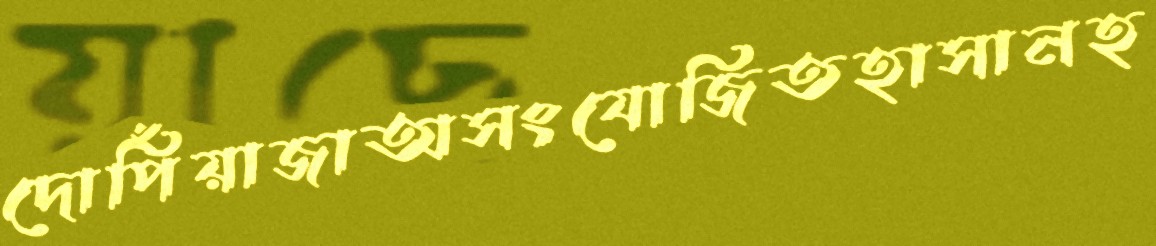
দোপিঁয়াজাঅসংযোজিতহাসানহ